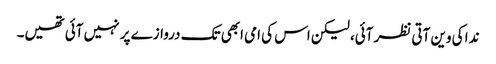
ندا کی وین آتی نظر آئی، لیکن اس کی امی ابھی تک دروازے پر نہیں آئی تھیں۔